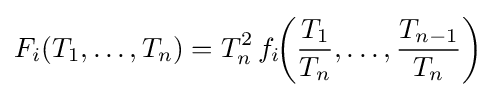
F_{i}(T_{1},\ldots ,T_{n})=T_{n}^{2}\,f_{i}\!{\left({\frac {T_{1}}{T_{n}}},\ldots ,{\frac {T_{n-1}}{T_{n}}}\right)}